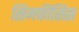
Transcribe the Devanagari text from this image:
सिमफीसिस